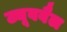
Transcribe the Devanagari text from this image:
ट्यूबवैल